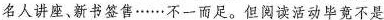
名人讲座、新书签售……不一而足。但阅读活动毕竟不是